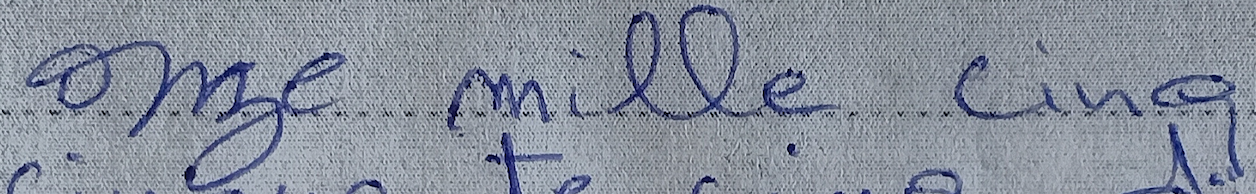
onze mille cinq